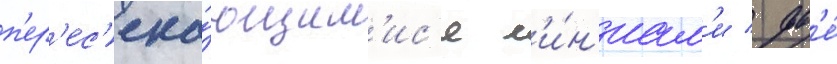
п'ер'ес'ека́ющим'ис'я л'и́н'иам'и / дв'е́